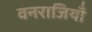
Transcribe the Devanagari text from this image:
वनराजियाँ